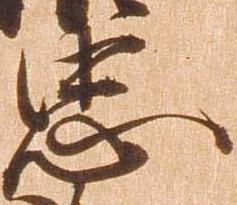
忠